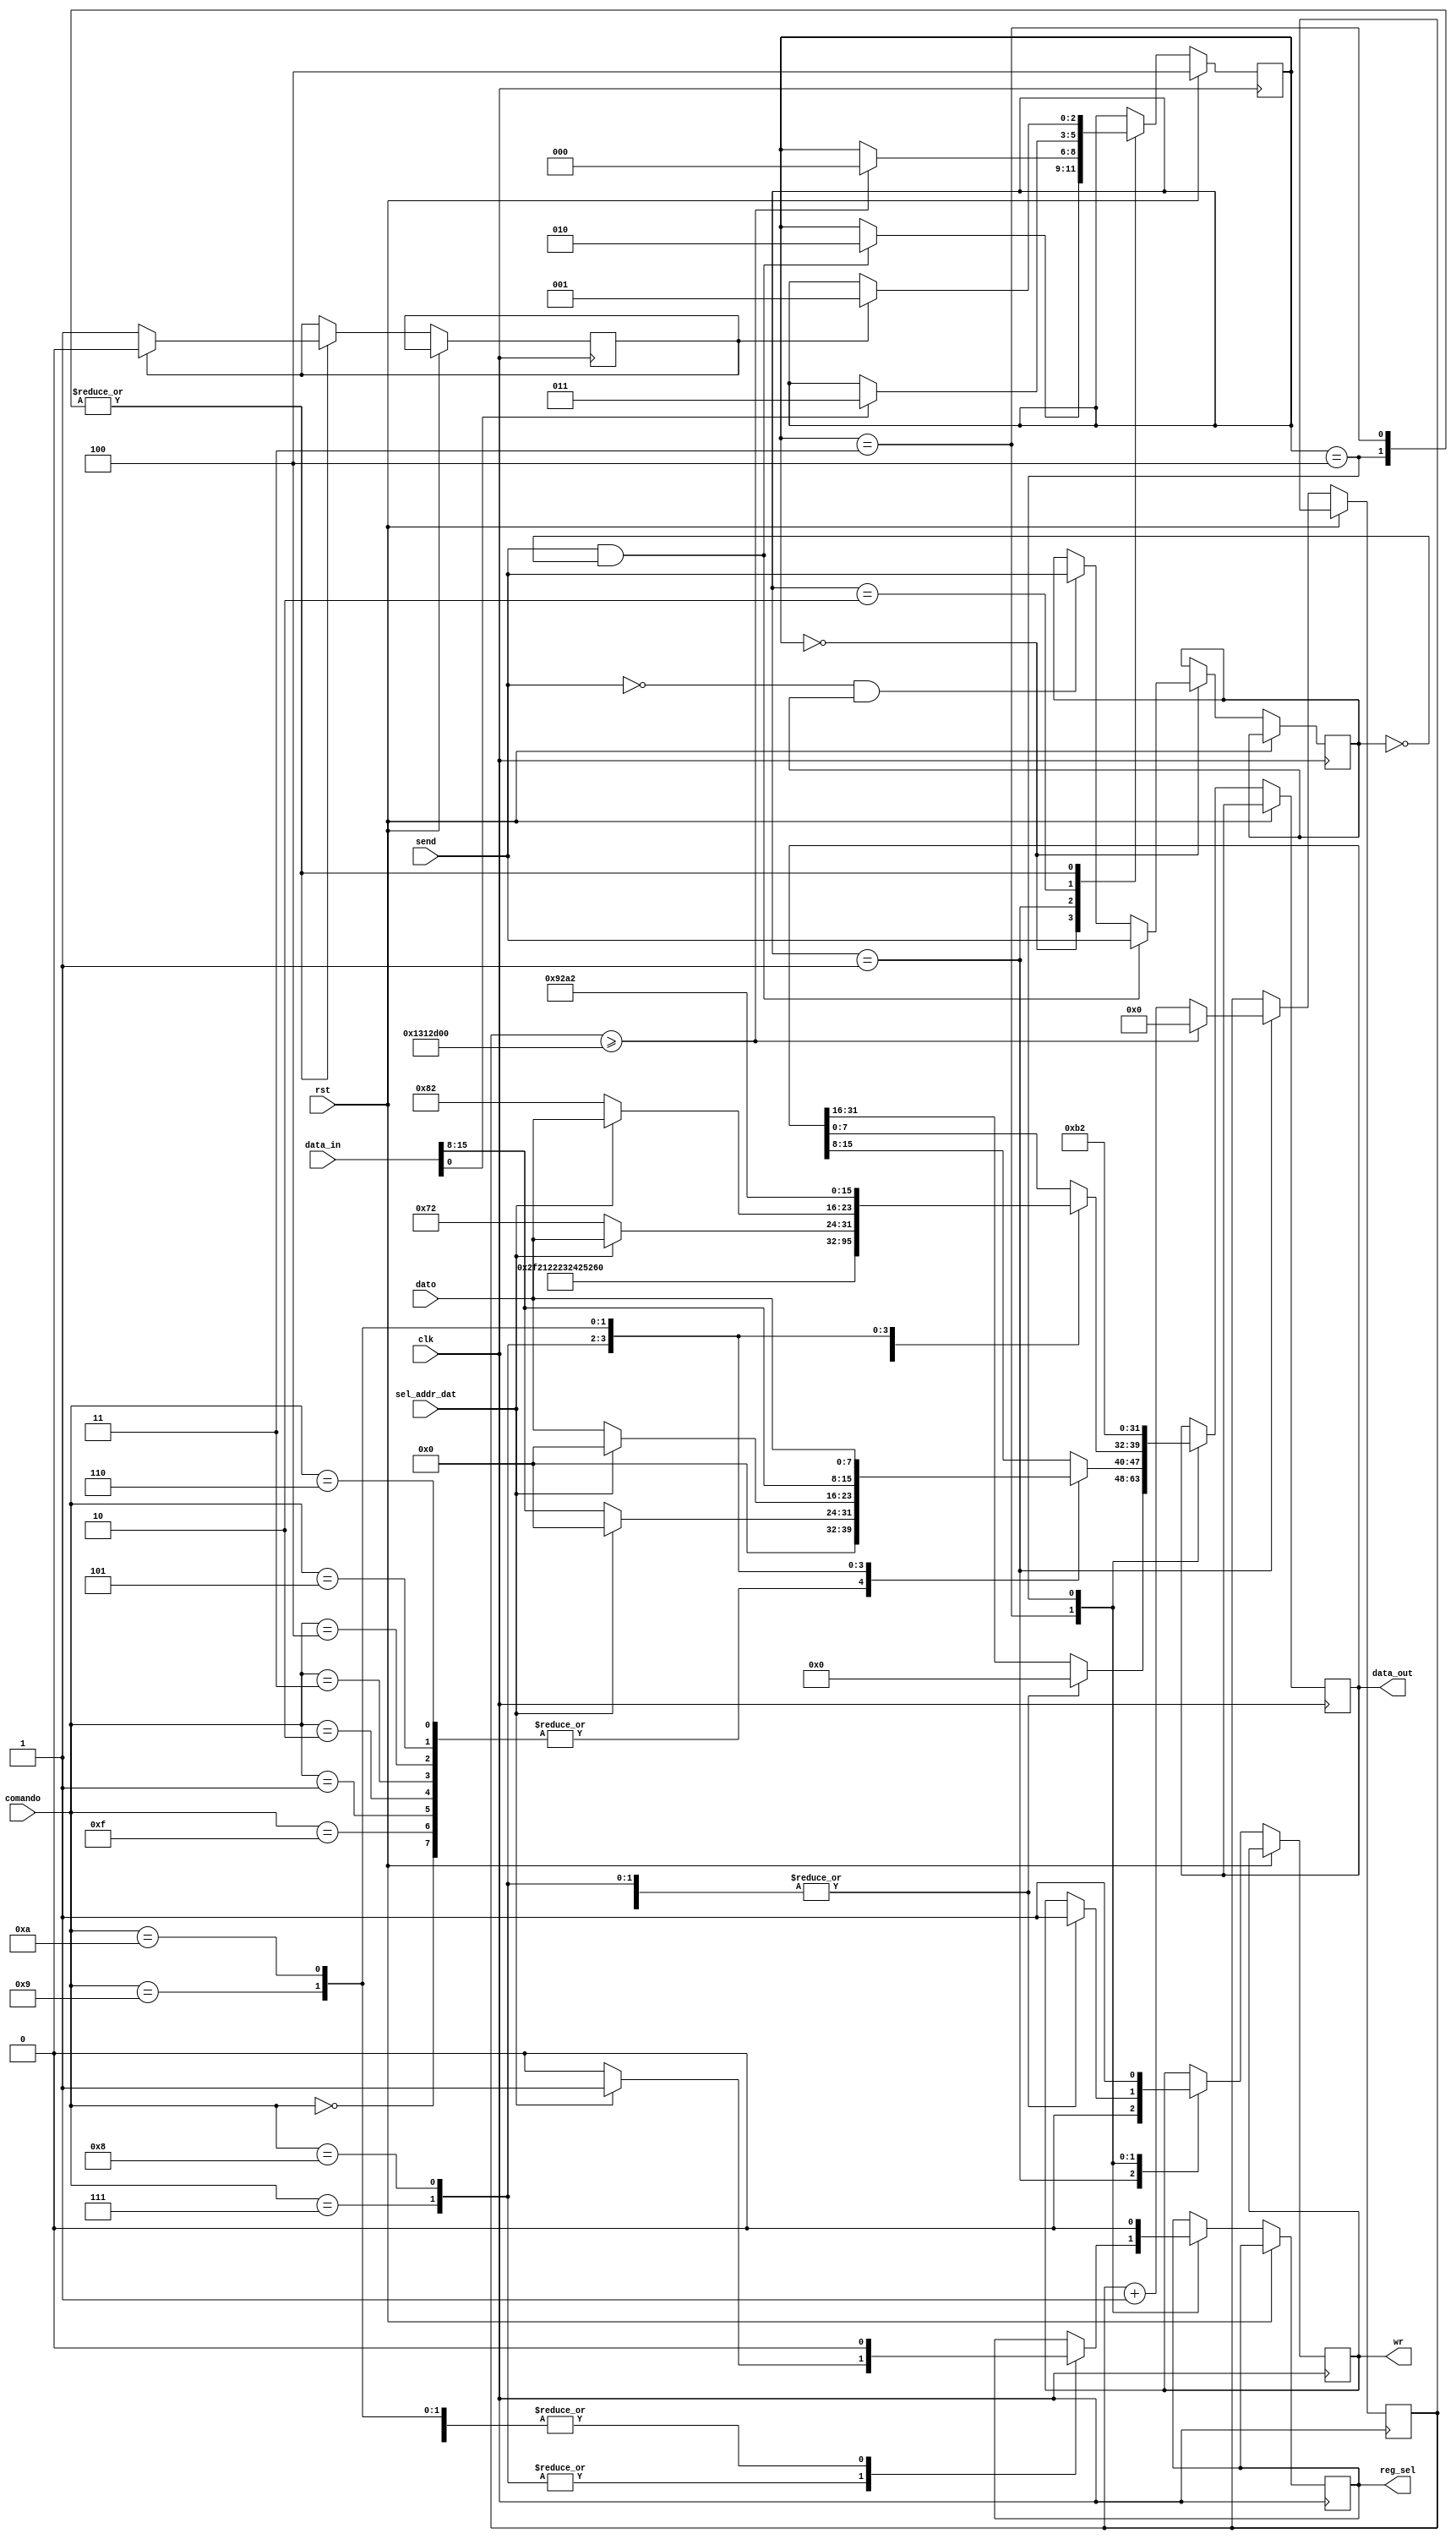
`timescale 1ns / 1ps

module generador_de_datos
(clk, sel_addr_dat, send, comando, dato, rst, data_in, data_out, reg_sel, wr);

   input clk, rst, send, sel_addr_dat;
   input [3:0] comando; // interruptores (bin)
   input [7:0] dato; // interruptores  
   input [31:0] data_in; // tomar [0] 
   output reg reg_sel;
   output reg wr;
   output reg [31:0] data_out;
   

   initial reg_sel=0;
   initial wr = 1'b0;
   initial data_out=8'b0;

	parameter RDY = 1'b0;

	parameter st_EsperandoSend = 3'b000;
	parameter st_EsperandoDebouncing = 3'b001;
	parameter st_RevisarRDY = 3'b010;
	parameter st_EscribirComando = 3'b011;
	parameter st_Reset = 3'b100;

	reg [2:0] estado = st_Reset;
	reg send_pasado = 1'b0;
	reg [31:0] contador = 31'b0;
	reg contador_estado = 1'b0;
	
	always @ ( posedge clk ) begin
		if ( rst == 1'b1 ) begin
			estado <= st_Reset;
		end
		else begin
			case (estado)

				st_EsperandoSend: begin
					if ( send == 1'b1 & send_pasado == 1'b0) begin
						send_pasado <= send;
						estado <= st_RevisarRDY;
					end
					else if ( send == 1'b0 & send_pasado == 1'b1) begin
						send_pasado <= send;
					end
				end

				st_EsperandoDebouncing: begin
					contador <= contador + 32'b1;
					wr <= 1'b0;
					if ( contador >= 20_000_000 // 2
					) begin
						estado <= st_EsperandoSend;
						contador <= 32'b0;
					end
				end

				st_RevisarRDY: begin
					if (data_in[RDY] == 1'b1) begin
						estado <= st_EscribirComando;	
					end
				end

				st_EscribirComando: begin
					if (contador_estado == 1'b0) begin
						contador_estado <= 1'b1;
					end
					else begin
						estado <= st_EsperandoDebouncing;
						contador_estado <= 1'b0;
					end
					case (comando)
						4'h0: begin //borrar display //0 control - 1 datos
							reg_sel=1'b0;
							wr=1'b1;
							data_out=4'h2;
						end
								
						4'hf: begin //borrar display y colocarlo en modo por defecto //0 control - 1 datos
							reg_sel=1'b0;
							wr=1'b1;
							data_out=32'hf2;
						end
								
						4'h1: begin //cursor en la esqina superior izq //0 control - 1 datos
							reg_sel=1'b0;
							wr=1'b1;
							data_out=32'h12;
						end
								
						4'h2: begin //modo de entrada sin auto incremento //0 control - 1 datos
							reg_sel=1'b0;
							wr=1'b1;
							data_out=32'h22;
						end
								
						4'h3: begin //modo de entrada incremental //0 control - 1 datos
							reg_sel=1'b0;
							wr=1'b1;
							data_out=32'h32;
						end
						
						4'h4: begin //cursor fijo apagado //0 control - 1 datos
							reg_sel=1'b0;
							wr=1'b1;
							data_out=32'h42;
						end
								
						4'h5: begin //cursor fijo encendido //0 control - 1 datos
							reg_sel=1'b0;
							wr=1'b1;
							data_out=32'h52;
						end   
								
						4'h6: begin //cursor parpadeante //0 control - 1 datos
							reg_sel=1'b0;
							wr=1'b1;
							data_out=32'h62;
						end   
						
						4'h7: begin //Escribir datos a la memoria DDRAM del display, sin cambiar direccion //0 control - 1 datos
							if (sel_addr_dat==0) begin
								reg_sel=1'b0;
								wr=1'b1;
								data_out=32'h72;
								data_out[15:8]=data_in[15:8];  
							end
							else begin
								reg_sel=1'b1;
								wr=1'b1;
								data_out=dato;
							end
						end   
								
						4'h8: begin//Escribir datos a la memoria DDRAM del display, usando la direccion colocada //0 control - 1 datos
							if (sel_addr_dat==0) begin
								reg_sel=1'b0;
								wr=1'b1;
								data_out=32'h82;
								data_out[15:8]=dato;
							end
							else begin
								reg_sel=1'b1;
								wr=1'b1;
								data_out=dato;	      
							end   
						end   
								
						4'h9: begin//Leer datos de la memoria DDRAM del display, sin cambiar direccion //0 control - 1 datos
							reg_sel=1'b0;
							wr=1'b1;
							data_out=32'h92;
							data_out[15:8]=data_in[15:8];  
						end   
								
						4'hA: begin//Leer datos de la memoria DDRAM del display, usando la direccion //0 control - 1 datos
							reg_sel=1'b0;
							wr=1'b1;
							data_out=32'hA2;
							data_out[15:8]=dato;    
						end						
					endcase
				end

				st_Reset: begin
					reg_sel = 1'b0;
					wr = 1'b1;
					data_out=32'hB2;
					
					if (contador_estado == 1'b0) begin
						contador_estado <= 1'b1;
					end
					else begin
						estado <= st_EsperandoDebouncing;
						contador_estado <= 1'b0;
					end
				end

			endcase
		end
	end
   
endmodule